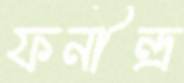
ফনীন্দ্র